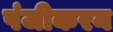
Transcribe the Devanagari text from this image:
पंजीकरन